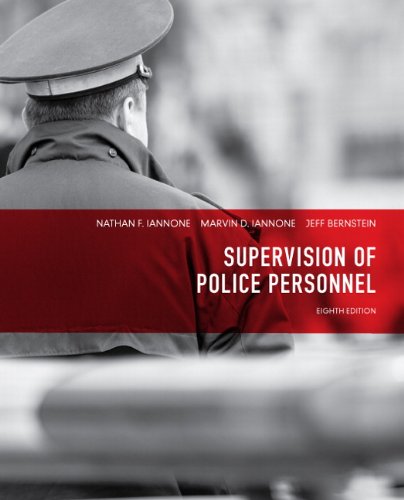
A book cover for Supervision of Police Personnel (8th Edition); Nathan F. Iannone; Law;